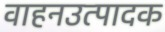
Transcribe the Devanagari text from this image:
वाहनउत्पादक